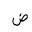
Letter: _dad